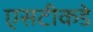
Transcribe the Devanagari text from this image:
एसटीकडे